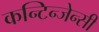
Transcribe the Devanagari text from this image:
कन्टिन्जेन्सी